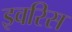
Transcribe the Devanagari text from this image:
इवरिस